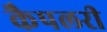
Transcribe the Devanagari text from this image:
कैपलरी